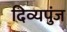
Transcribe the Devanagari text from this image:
दिव्यपुंज